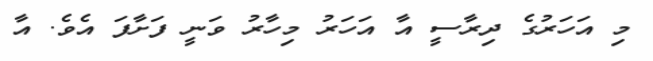
މި އަހަރުގެ ދިރާސީ އާ އަހަރު މިހާރު ވަނީ ފަށާފަ އެވެ. އާ